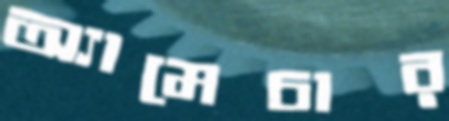
অ্যামেচার